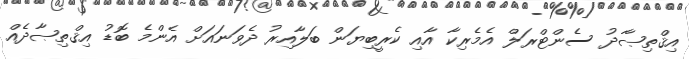
އިޤްތިޞާދު ސެންޓްރަލް އެމެރިކާ އާއި ކެރީބިޔަން ބަލާއިރު ދެވަނައަށް އެންމެ ބޮޑު އިޤްތިޞާދެއް